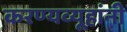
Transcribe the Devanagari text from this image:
करण्यव्यूहांनी